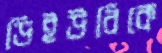
ডিইউবিকে